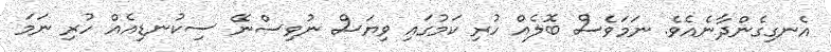
އެނގިގެންދާނެއެވެ. ނަމަވެސް ބޮލެއް ހުރި ކަމުގައި ވިޔަސް ނުވިސްނޭ ސިކުނޑިއެއް ހުރި ނަމަ